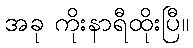
အခု ကိုးနာရီထိုးပြီ။